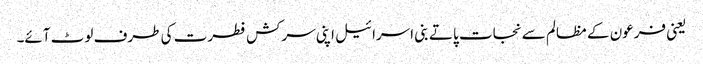
یعنی فرعون کے مظالم سے نجات پاتے بنی اسرائیل اپنی سرکش فطرت کی طرف لوٹ آئے۔